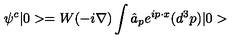
\psi ^ { c } | 0 > = W ( - i \mathrm { \boldmath \nabla } ) \int \hat { a } _ { p } e ^ { i p \cdot x } ( d ^ { 3 } p ) | 0 >